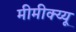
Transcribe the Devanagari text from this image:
मीमीक्य्यू